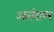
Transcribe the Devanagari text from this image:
अतंराल